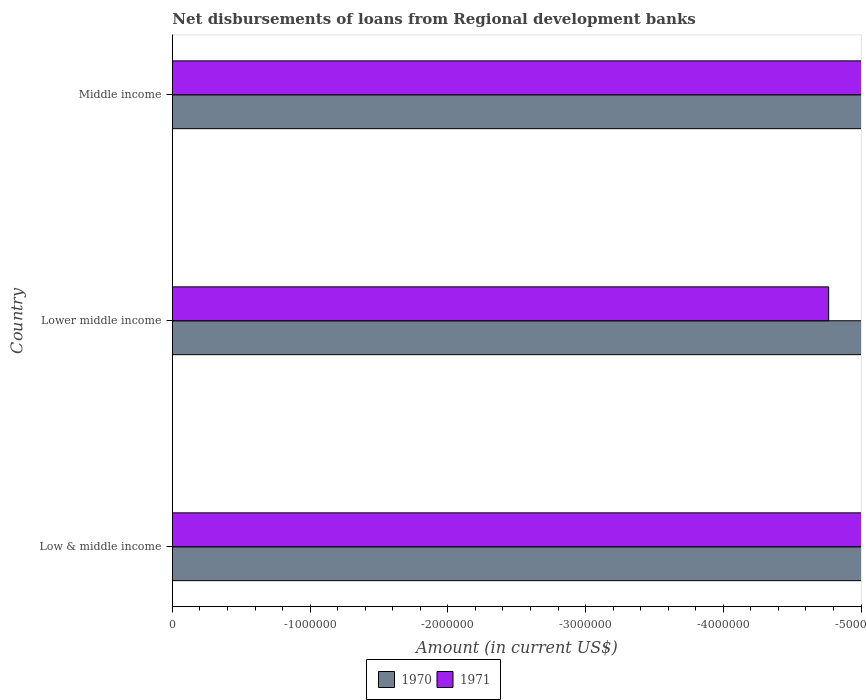
| Country | 1970 | 1971 |
 | --- | --- | --- |
 | Low & middle income | -2.02e+08 | -1.57e+07 |
 | Lower middle income | -2.02e+08 | -4.76e+06 |
 | Middle income | -2.02e+08 | -1.22e+07 |